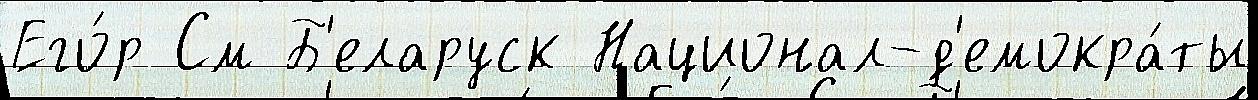
Его́р См Б'еларуск Национал-д'емокра́ты